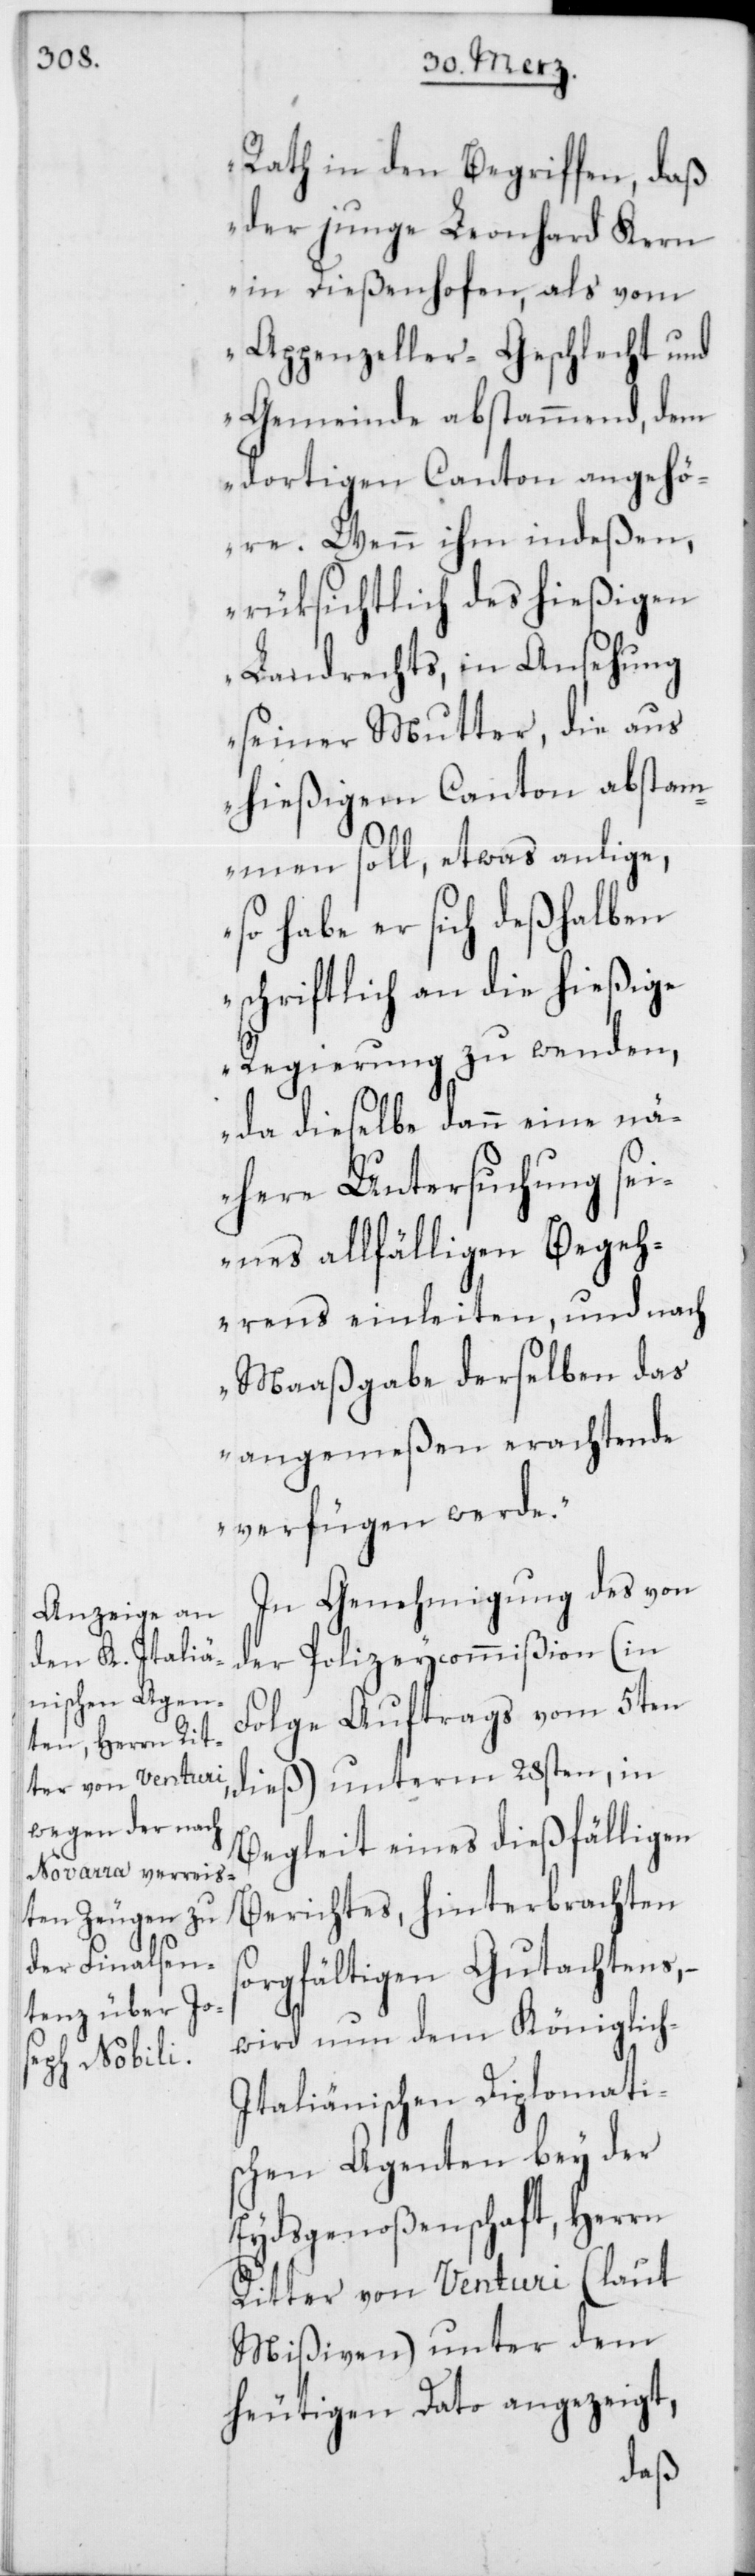
Rath in den Begriffen, daß
der junge Leonhard Kern
in Dießenhofen, als vom
Appenzeller-Geschlecht und
Gemeinde abstammend, dem
dortigen Canton angehö¬
re. Wenn ihm indeßen,
rüksichtlich des hießigen
Landrechts, in Ansehung
seiner Mutter, die aus
hießigem Canton abstam¬
men soll, etwas anlige,
so habe er sich deßhalben
schriftlich an die hießige
Regierung zu wenden,
da dieselbe dann eine nä¬
here Untersuchung sei¬
nes allfälligen Begeh¬
rens einleiten, und nach
Maaßgabe derselben das
angemeßen erachtende
verfügen werde.“
In Genehmigung des von
der Polizeycommißion (in
Folge Auftrags vom 5ten
dieß) unterm 28sten, in
Begleit eines dießfälligen
Berichtes hinterbrachten
sorgfältigen Gutachtens,
wird nun dem Königlich-I¬
taliänischen Diplomatis¬
chen Agenten bey der
Eydsgenoßenschaft, Herren
Ritter von Venturi (laut
Mißiven) unter dem
heutigen Dato angezeigt,